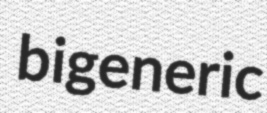
bigeneric